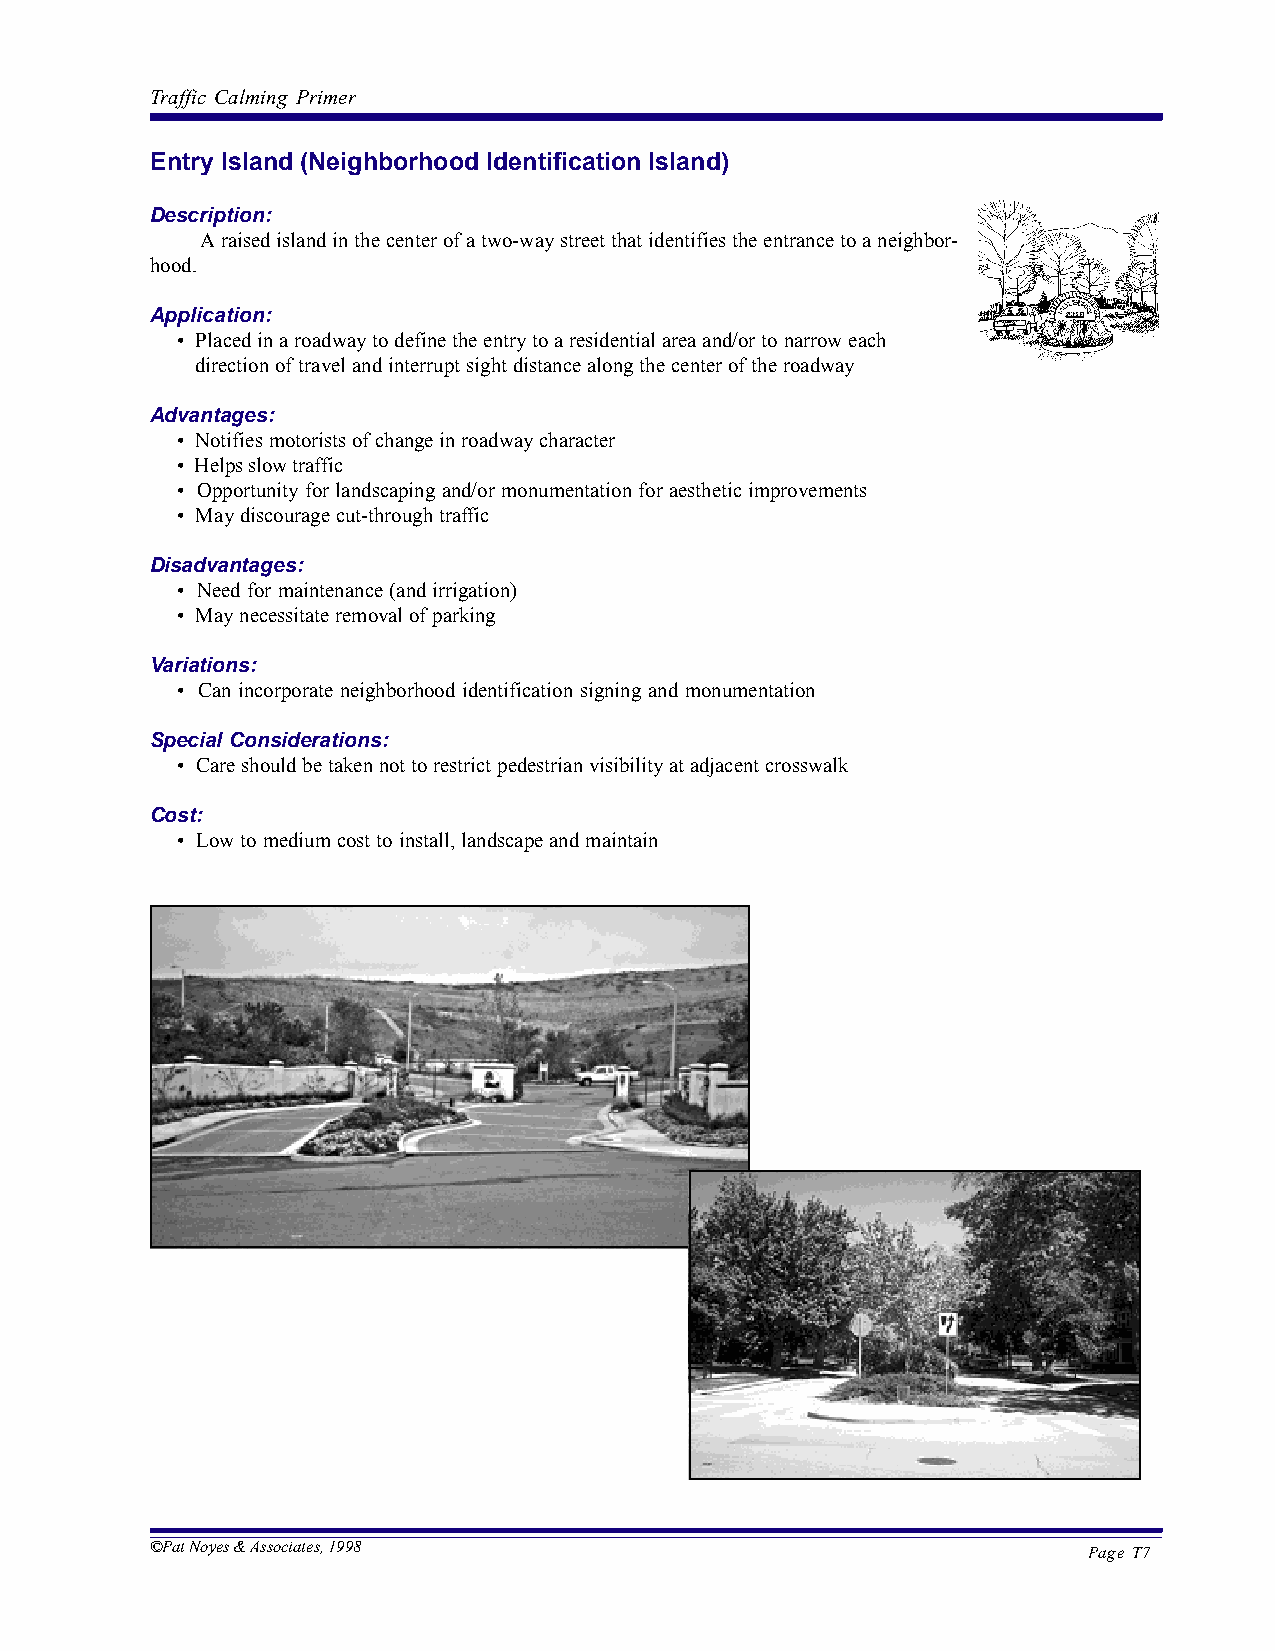
Traffic Calming Primer
 Entry Island (Neighborhood Identification Island)
 Description:
 A raised island in the center of a two-way street that identifies the entrance to a neighbor-
 hood.
 Application:
 • Placed in a roadway to define the entry to a residential area and/or to narrow each
 direction of travel and interrupt sight distance along the center of the roadway
 Advantages:
 • Notifies motorists of change in roadway character
 • Helps slow traffic
 • Opportunity for landscaping and/or monumentation for aesthetic improvements
 • May discourage cut-through traffic
 Disadvantages:
 • Need for maintenance (and irrigation)
 • May necessitate removal of parking
 Variations:
 • Can incorporate neighborhood identification signing and monumentation
 Special Considerations:
 • Care should be taken not to restrict pedestrian visibility at adjacent crosswalk
 Cost:
 • Low to medium cost to install, landscape and maintain
 ©Pat Noyes & Associates, 1998
 Page T7